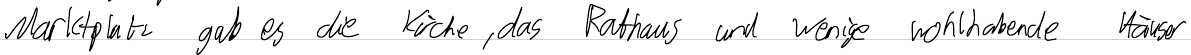
Marktplatz gab es die Kirche, das Rathaus und wenige wohlhabende Häuser